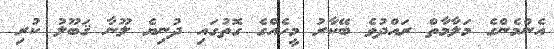
އެންމެންގެ މަލާމާތް ރައްދުވެ ބޭކާރު މީހެއްގެ ގޮތުގައި ދުނިޔެ ލޫނާ ޤަބޫލު ކުރި